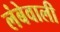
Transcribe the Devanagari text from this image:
लंबेवाली